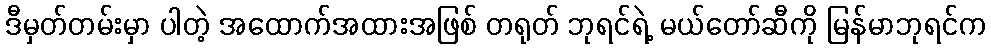
ဒီမှတ်တမ်းမှာ ပါတဲ့ အထောက်အထားအဖြစ် တရုတ် ဘုရင်ရဲ့ မယ်တော်ဆီကို မြန်မာဘုရင်က